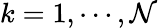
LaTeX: k=1,\cdots,\mathcal{N}